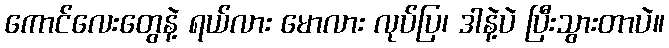
ကောင်လေးတွေနဲ့ ရယ်လား မောလား လုပ်ပြ၊ ဒါနဲ့ပဲ ပြီးသွားတာပဲ။